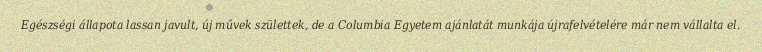
Egészségi állapota lassan javult, új művek születtek, de a Columbia Egyetem ajánlatát munkája újrafelvételére már nem vállalta el.